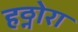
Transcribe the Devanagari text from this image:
हठ्नोरा